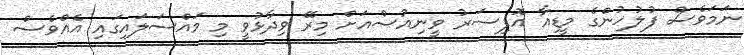
ނަމަވެސް ފުލުހުންގެ މީޑިއާ އޮފިސަރު ވީނިއުސްއަށް މިރޭ ވިދާޅުވީ މި މައްސަލައިގައި އެއްވެސް